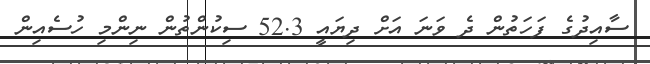
ސާއިދުގެ ފަހަތުން ދެ ވަނަ އަށް ދިޔައީ 52.3 ސިކުންތުން ނިންމި ހުސެއިން